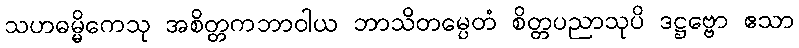
သဟဓမ္မိကေသု အစိတ္တကဘာဝါယ ဘာသိတမ္ပေတံ စိတ္တပညာသုပိ ဒဋ္ဌဗ္ဗော ဧသာ